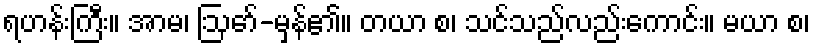
ရဟန်းကြီး။ အာမ၊ ဩော်-မှန်၏။ တယာ စ၊ သင်သည်လည်းကောင်း။ မယာ စ၊